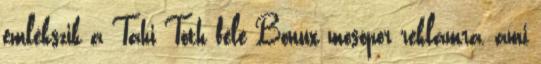
emlékszik a Tahi Tóth féle Bonux mosópor reklámra, ami